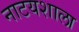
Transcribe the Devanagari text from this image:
नाटयशाला